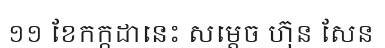
១១ ខែកក្កដានេះ សម្តេច ហ៊ុន សែន